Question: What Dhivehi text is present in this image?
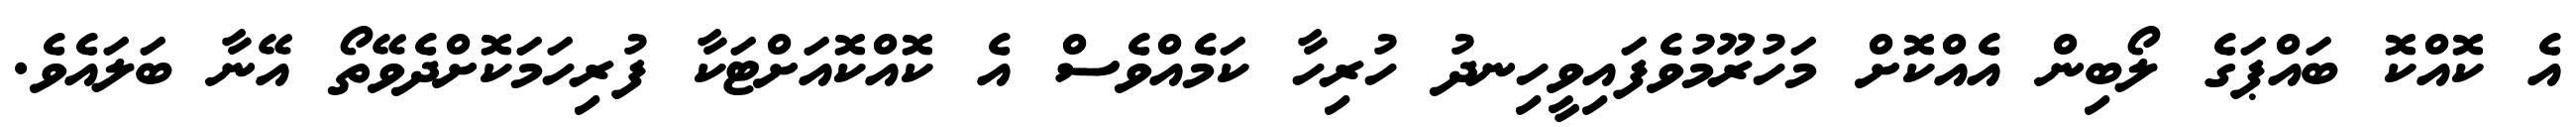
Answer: އެ ކޮއްކޮ ބައްޕަގެ ލޯބިން އެއްކޮށް މަހުރޫމުވެފައިވީހިނދު ހުރިހާ ކަމެއްވެސް އެ ކޮއްކޮއަށްޓަކާ ފުރިހަމަކޮށްދެވޭތޯ އޭނާ ބަލައެވެ.